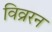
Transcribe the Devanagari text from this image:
विव्ररन